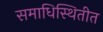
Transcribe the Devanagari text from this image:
समाधिस्थितीत